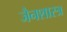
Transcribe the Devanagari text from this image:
जैनशास्त्र